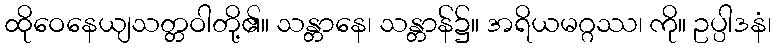
ထိုဝေနေယျသတ္တဝါတို့၏။ သန္တာနေ၊ သန္တာန်၌။ အရိယမဂ္ဂဿ၊ ကို။ ဥပ္ပါဒနံ၊